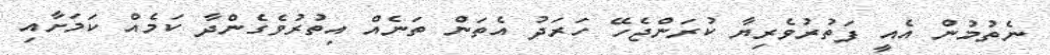
ނެތުމުން އެއީ ފަތުރުވެރިޔާ ކުރަންޖެހޭ ހަރަދު އެތަން ތަނެއް އިތުރުވެގެންދާ ކަމެއް ކަމަށާއި